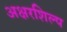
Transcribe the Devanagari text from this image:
अक्षरशिल्प